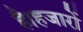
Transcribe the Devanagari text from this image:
है।हजारों